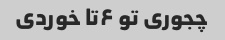
چجوری تو ۶تا خوردی